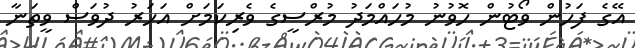
އޭގެ ފަހުން ވޯޓުން ހޮވުނު މުހައްމަދު މުރްސީގެ ވެރިކަމަށް އަހަރު ދުވަސް ވީތަނާ